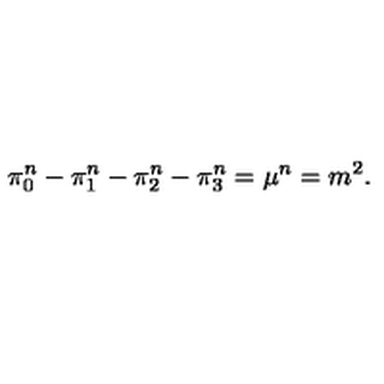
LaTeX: \pi _ { 0 } ^ { n } - \pi _ { 1 } ^ { n } - \pi _ { 2 } ^ { n } - \pi _ { 3 } ^ { n } = \mu ^ { n } = m ^ { 2 } .